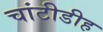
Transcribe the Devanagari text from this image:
चांटीडीह